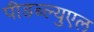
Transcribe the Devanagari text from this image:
पीडब्ल्युएल